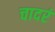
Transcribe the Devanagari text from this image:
चादरं